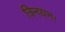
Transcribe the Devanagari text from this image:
त्रिनयनः